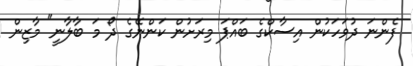
ފެންނަ ދުވަހަކުން އިސާކްގެ ބައްޕަ މިރަށުން ކަންނޭގެ ދޯ މަ ބާލާނީ" މާޒިން